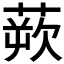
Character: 𫟔